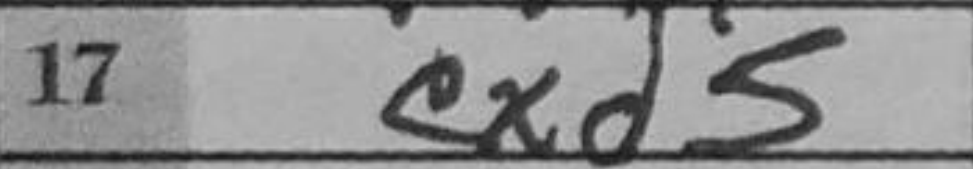
Transcription: cxd5